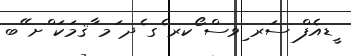
ީޑއެފް ސަރ ިވސް ޯކރ ެގ ެދ ަމ ާޤމަކަ ްށ ޭބ